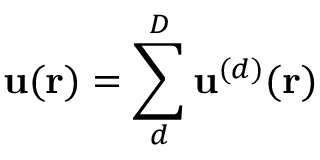
\mathbf { u } ( \mathbf { r } ) = \sum _ { d } ^ { D } \mathbf { u } ^ { ( d ) } ( \mathbf { r } )